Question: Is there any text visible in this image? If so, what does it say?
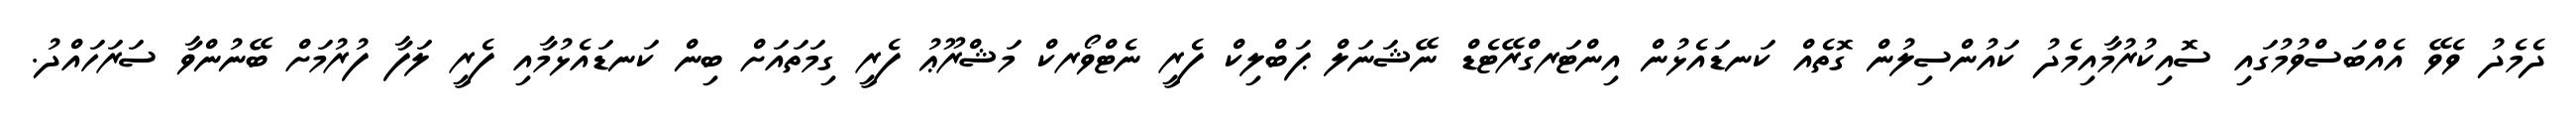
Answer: ދެމެދު ވެވޭ އެއްބަސްވުމުގައި ސޮއިކުރުމާއިމެދު ކައުންސިލުން ގޮތެއް ކަނޑައެޅުން އިންޓަރގްރޭޓެޑް ނޭޝަނަލް ޕަބްލިކް ފެރީ ނެޓްވޯރކް މަޝްރޫޢު ފެރީ ގިމަތައަށް ބިން ކަނޑައެޅުމާއި ފެރީ ލަފާ ފުރުމަށް ބޭނުންވާ ސަރަހައްދު.